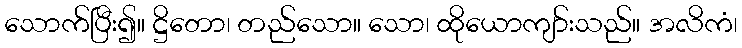
သောက်ပြီး၍။ ဋ္ဌိတော၊ တည်သော။ သော၊ ထိုယောကျာ်းသည်။ အလိကံ၊